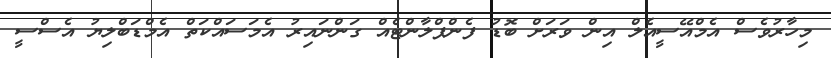
މިހާރުވެސް އެމްއޭސީއެލް އިން ވަރަށް ބޮޑު ފެންޕްލާންޓެއް ގަންނައިރު އެމަސައްކަތް އެމްޑަބްލިޔު އެސްސީ